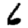
Digit: 6